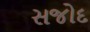
સજોદ